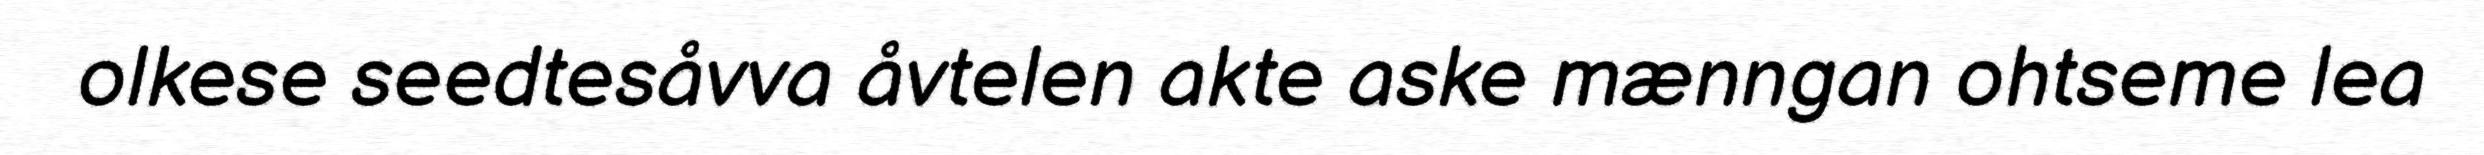
olkese seedtesåvva åvtelen akte aske mænngan ohtseme lea